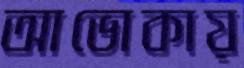
আভোকায়